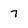
Character: 7